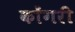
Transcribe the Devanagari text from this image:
कोंगरी